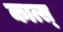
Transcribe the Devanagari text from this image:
कात्स्